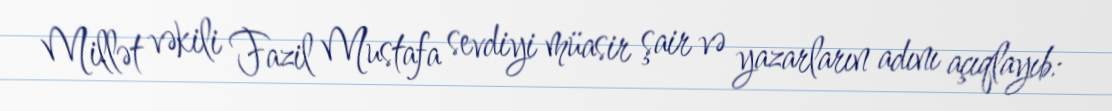
Millət vəkili Fazil Mustafa sevdiyi müasir şair və yazarların adını açıqlayıb: